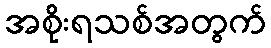
အစိုးရသစ်အတွက်